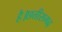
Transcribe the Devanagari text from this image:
है।छत्तीसगढ़